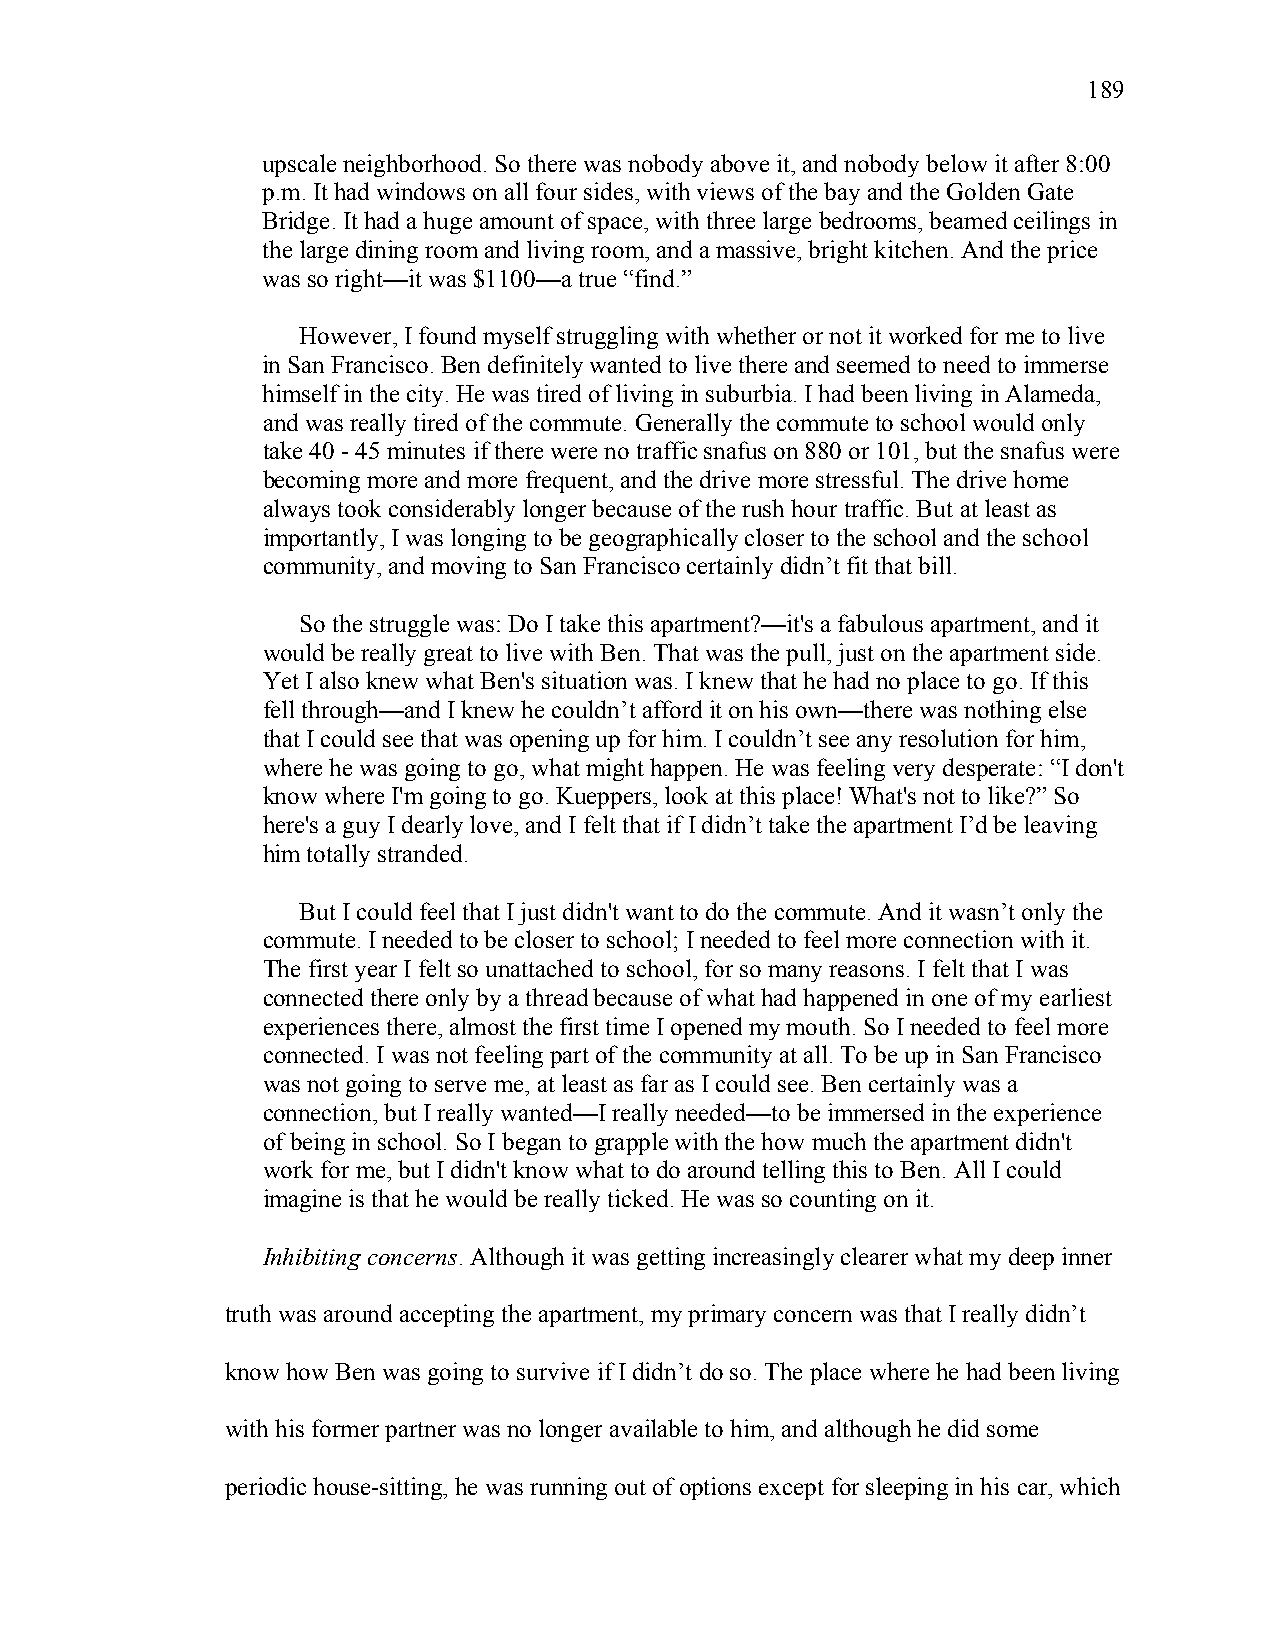
189
 upscale neighborhood. So there was nobody above it, and nobody below it after 8:00
 p.m. It had windows on all four sides, with views of the bay and the Golden Gate
 Bridge. It had a huge amount of space, with three large bedrooms, beamed ceilings in
 the large dining room and living room, and a massive, bright kitchen. And the price
 was so right—it was $1100—a true “find.”
 However, I found myself struggling with whether or not it worked for me to live
 in San Francisco. Ben definitely wanted to live there and seemed to need to immerse
 himself in the city. He was tired of living in suburbia. I had been living in Alameda,
 and was really tired of the commute. Generally the commute to school would only
 take 40 - 45 minutes if there were no traffic snafus on 880 or 101, but the snafus were
 becoming more and more frequent, and the drive more stressful. The drive home
 always took considerably longer because of the rush hour traffic. But at least as
 importantly, I was longing to be geographically closer to the school and the school
 community, and moving to San Francisco certainly didn’t fit that bill.
 So the struggle was: Do I take this apartment?—it's a fabulous apartment, and it
 would be really great to live with Ben. That was the pull, just on the apartment side.
 Yet I also knew what Ben's situation was. I knew that he had no place to go. If this
 fell through—and I knew he couldn’t afford it on his own—there was nothing else
 that I could see that was opening up for him. I couldn’t see any resolution for him,
 where he was going to go, what might happen. He was feeling very desperate: “I don't
 know where I'm going to go. Kueppers, look at this place! What's not to like?” So
 here's a guy I dearly love, and I felt that if I didn’t take the apartment I’d be leaving
 him totally stranded.
 But I could feel that I just didn't want to do the commute. And it wasn’t only the
 commute. I needed to be closer to school; I needed to feel more connection with it.
 The first year I felt so unattached to school, for so many reasons. I felt that I was
 connected there only by a thread because of what had happened in one of my earliest
 experiences there, almost the first time I opened my mouth. So I needed to feel more
 connected. I was not feeling part of the community at all. To be up in San Francisco
 was not going to serve me, at least as far as I could see. Ben certainly was a
 connection, but I really wanted—I really needed—to be immersed in the experience
 of being in school. So I began to grapple with the how much the apartment didn't
 work for me, but I didn't know what to do around telling this to Ben. All I could
 imagine is that he would be really ticked. He was so counting on it.
 Inhibiting concerns. Although it was getting increasingly clearer what my deep inner
 truth was around accepting the apartment, my primary concern was that I really didn’t
 know how Ben was going to survive if I didn’t do so. The place where he had been living
 with his former partner was no longer available to him, and although he did some
 periodic house-sitting, he was running out of options except for sleeping in his car, which